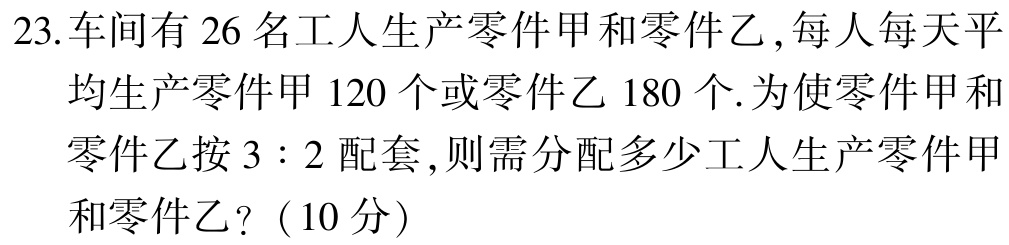
23.车间有26名工人生产零件甲和零件乙,每人每天平均生产零件甲120个或零件乙180个.为使零件甲和零件乙按3:2配套,则需分配多少工人生产零件甲和零件乙?（10分）